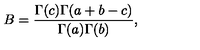
B = \frac { \Gamma ( c ) \Gamma ( a + b - c ) } { \Gamma ( a ) \Gamma ( b ) } ,